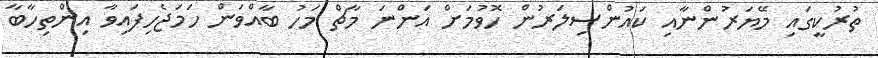
ތުރުކީގައި މޭޔަރުންނާއި ކައުންސިލަރުން ހޮވުމަށް އަންނަ މާޗް މަހު ބާއްވަން ހަމަޖެހިފައިވާ އިންތިހާބާ